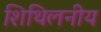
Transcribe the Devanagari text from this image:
शिथिलनीय